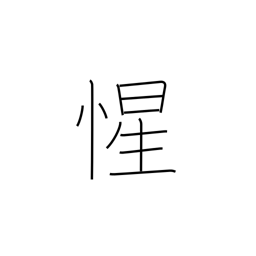
Meaning: realize